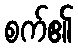
စက်၏